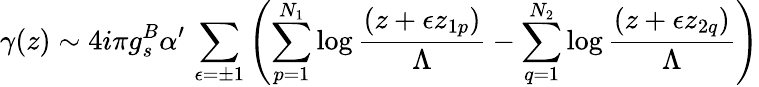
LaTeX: \gamma(z)\sim 4i\pi g_{s}^{B}\alpha^{\prime}\, \sum_{\epsilon=\pm 1}\left(\sum_{p=1}^{N_{1}}\log\frac{(z+\epsilon z_{1p})}{\Lambda}-\sum_{q=1}^{N_{2}}\log\frac{(z+\epsilon z_{2q})}{\Lambda}\right)